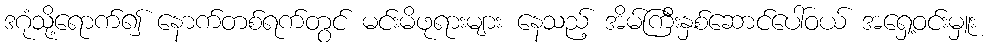
ဒဂုံသို့ရောက်၍ နောက်တစ်ရက်တွင် မင်းမိဖုရားများ နေသည့် အိမ်ကြီးနှစ်ဆောင်ပေါ်ဝယ် အရှေ့ဝင်းမှူး